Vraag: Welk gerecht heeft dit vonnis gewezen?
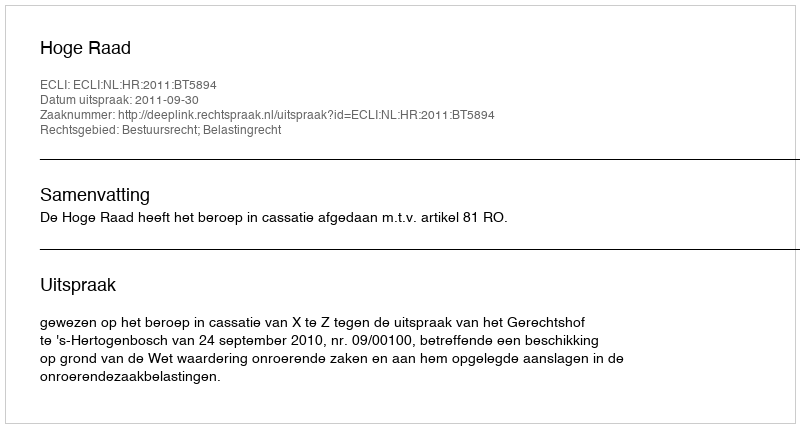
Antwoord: Hoge Raad